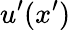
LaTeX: u^{\prime}(x^{\prime})